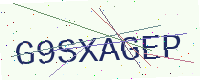
Text: G9SXAGEP